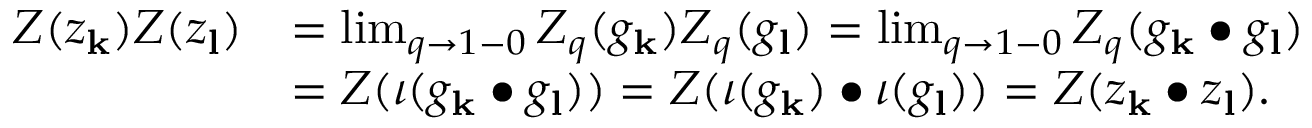
\begin{array} { r l } { Z ( z _ { \mathbf { k } } ) Z ( z _ { \mathbf { l } } ) } & { = \operatorname* { l i m } _ { q \to 1 - 0 } Z _ { q } ( g _ { \mathbf { k } } ) Z _ { q } ( g _ { \mathbf { l } } ) = \operatorname* { l i m } _ { q \to 1 - 0 } Z _ { q } ( g _ { \mathbf { k } } \bullet g _ { \mathbf { l } } ) } \\ & { = Z ( \iota ( g _ { \mathbf { k } } \bullet g _ { \mathbf { l } } ) ) = Z ( \iota ( g _ { \mathbf { k } } ) \bullet \iota ( g _ { \mathbf { l } } ) ) = Z ( z _ { \mathbf { k } } \bullet z _ { \mathbf { l } } ) . } \end{array}